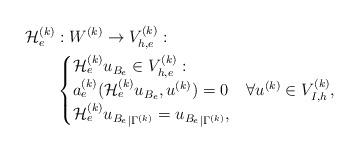
LaTeX: \begin{align*} \mathcal{H}^{(k)}_e&: W^{(k)} \to V_{h,e}^{(k)}:\\&\begin{cases} \mathcal{H}^{(k)}_e{u_{B_e}}\in V_{h,e}^{(k)}: & \\ a^{(k)}_e(\mathcal{H}^{(k)}_e{u_{B_e}},u^{(k)})=0 &\forall u^{(k)}\in V_{I,h}^{(k)},\\ \mathcal{H}^{(k)}_e{u_{B_e}}_{|\Gamma^{(k)}} = {u_{B_e}}_{|\Gamma^{(k)}}, &\end{cases}\end{align*}